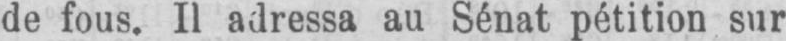
de fous. Il adressa au Sénat pétition sur